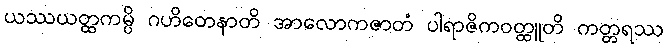
ယဿယတ္ထကမ္ပိ ဂဟိတေနာတိ အာလောကဇာတံ ပါရာဇိကဝတ္ထူတိ ကတ္တရဿ